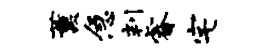
薰急判睿宅